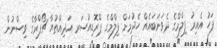
ފަހު އެއިރު ފިލްމްގެ ދެވަނަބައެއް ހެދުމަށް ފިލްމްގެ ޕްރޮޑިއުސަރ އަދިއްތުޔާ ޗޯޕްރާގެ ވިސްނުން